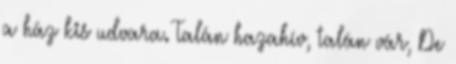
a ház kis udvara. Talán hazahív, talán vár, De